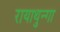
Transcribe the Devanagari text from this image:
रायाथुन्गा